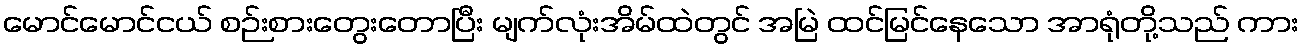
မောင်မောင်ငယ် စဉ်းစားတွေးတောပြီး မျက်လုံးအိမ်ထဲတွင် အမြဲ ထင်မြင်နေသော အာရုံတို့သည် ကား